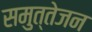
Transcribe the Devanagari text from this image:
समुत्तेजन